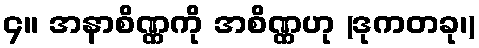
၄။ အနာစိဏ္ဏကို အစိဏ္ဏဟု (ဒုကတခု၊)